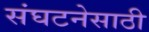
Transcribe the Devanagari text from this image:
संघटनेसाठी